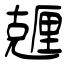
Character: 兣